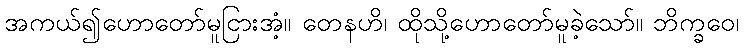
အကယ်၍ဟောတော်မူငြားအံ့။ တေနဟိ၊ ထိုသို့ဟောတော်မူခဲ့သော်။ ဘိက္ခဝေ၊